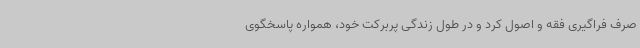
صرف فراگیری فقه و اصول کرد و در طول زندگی پربرکت خود، همواره پاسخگوی